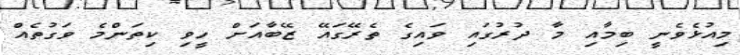
މިއުޅެވެނީ ބިމާއި މާ ދުރުގައި ވައިގެ ތެރޭގައޭ ޒޭބާއަށް ހީވި ކިތަންމެ ވަގުތެއް